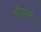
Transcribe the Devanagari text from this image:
शीमस